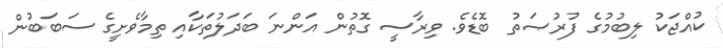
ކުއްޖަކު ލިބުމުގެ ފުރުޞަތު ބޮޑެވެ. ވިރާސީ ގޮތުން އަންނަ ބަދަލުތަކާއި ތިމާވެށީގެ ސަބަބުން